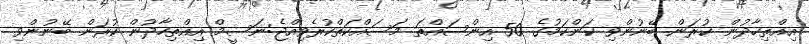
އިއްތިހާދުން ކުރަން ބޭނުންވި ކަންކަމުގެ 50 އިންސައްތަ މަސައްކަތްކުރެވިއްޖެ:ނަސީމް އިއްތިހާދުން ކުރަން ބޭނުންވި